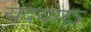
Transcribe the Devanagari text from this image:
यदयोर्ऽ